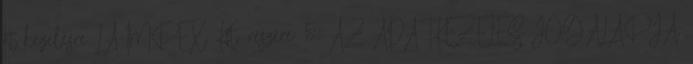
át kezelésre LA-IMPEX Kft. részére: 5. AZ ADATKEZELÉS JOGALAPJA,